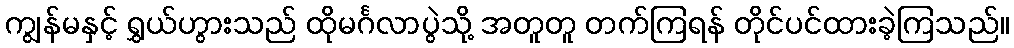
ကျွန်မနှင့် ရွှယ်ဟွားသည် ထိုမင်္ဂလာပွဲသို့ အတူတူ တက်ကြရန် တိုင်ပင်ထားခဲ့ကြသည်။